Mental hospitals Bombay report 1929-33 - 1929-1933
Year: 1929
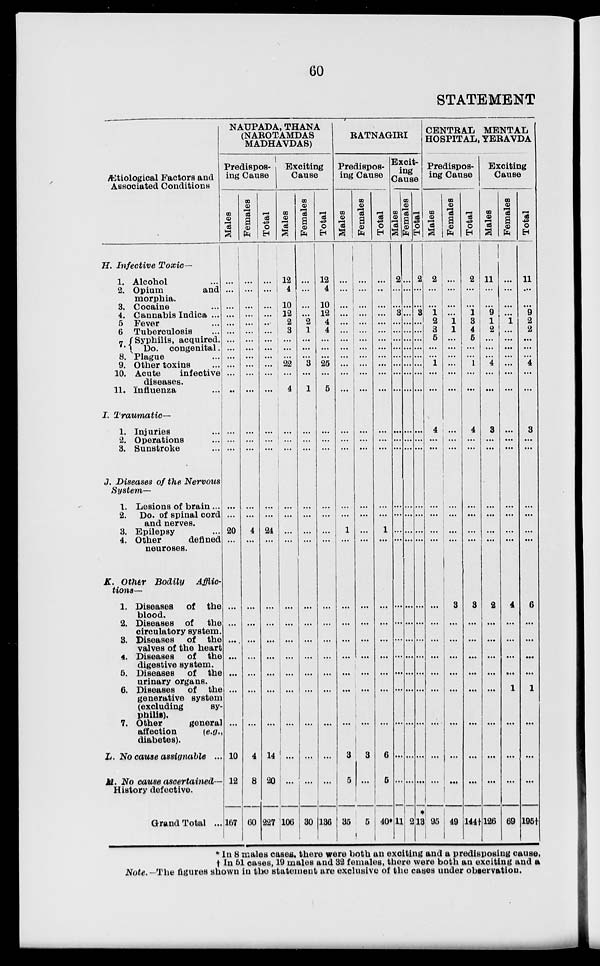
60
STATEMENT
Ætiological Factors and
Associated Conditions
H.
I.
J.
K.
L.
M.
Infective
Toxic—
1.
2.
3.
4.
5.
6.
7.
8.
9.
10.
11.
Alcohol ...
Opium
and
morphia.
Cocaine ...
Cannabis Indica ...
Fever ...
Tuberculosis
Syphilis, acquired.
Do.
congenital.
Plague ...
Other toxins ...
Acute
infective
diseases.
Influenza ...
Traumatic—
1.
2.
3.
Injuries ...
Operations ...
Sunstroke ...
Diseases of the Nervous
System—
1.
2.
3.
4.
Lesions of brain ...
Do. of spinal cord
and nerves.
Epilepsy ...
Other
defined
neuroses.
Other Bodily
Afflic-
tions—
1.
2.
3.
4.
5.
6.
7.
Diseases
of the
blood.
Diseases of the
circulatory system.
Diseases of the
valves of the heart
Diseases
of the
digestive system.
Diseases
of the
urinary organs.
Diseases
of the
generative system
(excluding
sy-
philis).
Other
general
affection
(e.g.,
diabetes).
No cause assignable ...
No cause ascertained—
History defective.
Grand Total ...
NAUPADA, THANA
(NAROTAMDAS
MADHAVDAS)
Predispos-
ing Cause
Males
...
...
...
...
...
...
...
...
...
...
...
...
...
...
...
...
...
20
...
...
...
...
...
...
...
...
10
12
167
Females
...
...
...
...
...
...
...
...
...
...
...
...
...
...
...
...
...
4
...
...
...
...
...
...
...
...
4
8
60
Total
...
...
...
...
...
...
...
...
...
...
...
...
...
...
...
...
...
24
...
...
...
...
...
...
...
...
14
20
227
Exciting
Cause
Males
12
4
10
12
2
3
...
...
...
22
...
4
...
...
...
...
...
...
...
...
...
...
...
...
...
...
...
...
106
Females
...
...
...
...
2
1
...
...
...
3
...
1
...
...
...
...
...
...
...
...
...
...
...
...
...
...
...
...
30
Total
12
4
10
12
4
4
...
...
...
25
...
5
...
...
...
...
...
...
...
...
...
...
...
...
...
...
...
...
136
RATNAGIRI
Predispos-
ing Cause
Males
...
...
...
...
...
...
...
...
...
...
...
...
...
...
...
...
...
1
...
...
...
...
...
...
...
...
3
5
35
Females
...
...
...
...
...
...
...
...
...
...
...
...
...
...
...
...
...
...
...
...
...
...
...
...
...
...
3
...
5
Total
...
...
...
...
...
...
...
...
...
...
...
...
...
...
...
...
...
1
...
...
...
...
...
...
...
...
6
5
40*
Excit-
ing
Cause
Males
2
...
...
3
...
...
...
...
...
...
...
...
...
...
...
...
...
...
...
...
...
...
...
...
...
...
...
...
11
Females
...
...
...
...
...
...
...
...
...
...
...
...
...
...
...
...
...
...
...
...
...
...
...
...
...
...
...
...
2
Total
2
...
...
3
...
...
...
...
...
...
...
...
...
...
...
...
...
...
...
...
...
...
...
...
...
...
...
...
*
13
CENTRAL MENTAL
HOSPITAL, YERAVDA
Predispos-
ing Cause
Males
2
...
...
1
2
3
5
...
...
1
...
...
4
...
...
...
...
...
...
...
...
...
...
...
...
...
...
...
95
Females
...
...
...
...
1
1
...
...
...
...
...
...
...
...
...
...
...
...
...
3
...
...
...
...
...
...
...
...
49
Total
2
...
...
1
3
4
5
...
...
1
...
...
4
...
...
...
...
...
...
3
...
...
...
...
...
...
...
...
144†
Exciting
Cause
Males
11
...
...
9
1
2
...
...
...
4
...
...
3
...
...
...
...
...
...
2
...
...
...
...
...
...
...
...
126
Females
...
...
...
...
1
...
...
...
...
...
...
...
...
...
...
...
...
...
...
4
...
...
...
...
1
...
...
...
69
Total
11
...
...
9
2
2
...
...
...
4
...
...
3
...
...
...
...
...
...
6
...
...
...
...
1
...
...
...
195†
* In 8 males cases, there were both an exciting and a predisposing cause,
† In 51 cases, 19 males and 32 females, there were both an exciting and a
Note. -The figures shown in the statement are exclusive of the cases under observation.